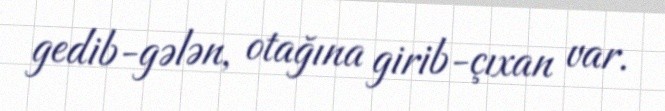
gedib-gələn, otağına girib-çıxan var.